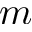
m